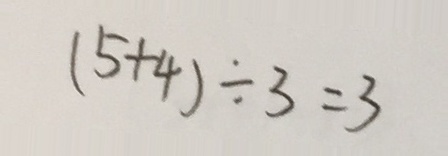
( 5 + 4 ) \div 3 = 3